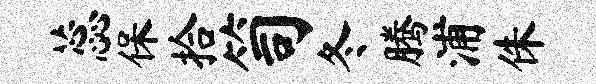
蕊保拾笥冬腾浦侏